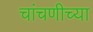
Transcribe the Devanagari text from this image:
चांचणीच्या